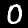
Label: 0